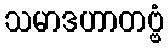
သမာဒဟာတဗ္ဗံ